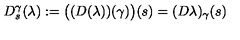
D _ { s } ^ { \gamma } ( \lambda ) : = \bigl ( ( D ( \lambda ) ) ( \gamma ) \bigr ) ( s ) = ( D \lambda ) _ { \gamma } ( s )